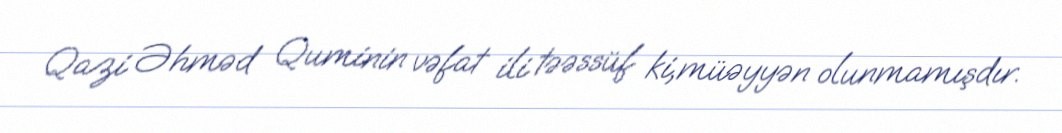
Qazi Əhməd Quminin vəfat ili təəssüf ki,müəyyən olunmamışdır.